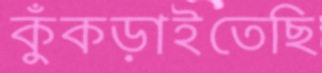
কুঁকড়াইতেছি